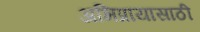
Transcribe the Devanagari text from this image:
अभिप्रायासाठी